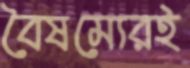
বৈষম্যেরই